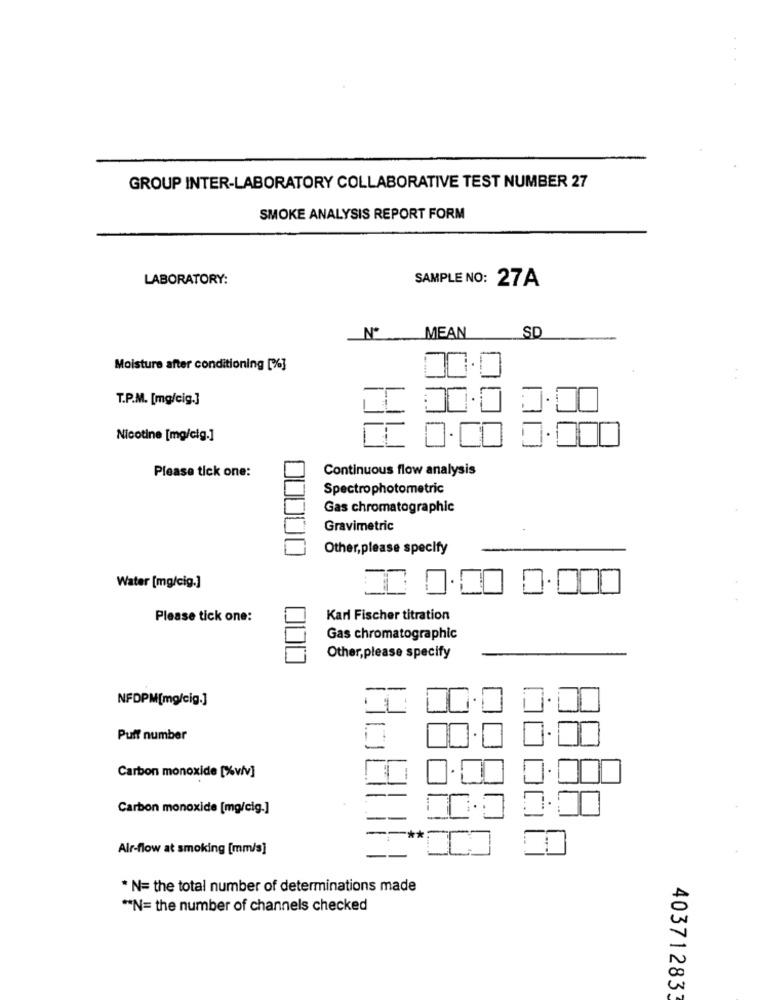
GROUP INTER-LABORATORY COLLABORATIVE TEST NUMBER 27
SMOKE ANALYSIS REPORT FORM
LABORATORY:
SAMPLE NO: 27A
Nº
SD
MEAN
Moisture after conditioning [%]
T.P.M. [mg/cig.]
Nicotine [mg/cig.]
Continuous flow analysis
Please tick one:
Spectrophotometric
Gas chromatographic
Gravimetric
Other,please specify
Water [mg/cig.]
Please tick one:
Karl Fischer titration
Gas chromatographic
Other,please specify
NFDPM[mg/cig.]
Puff number
Carbon monoxide [%viv]
Carbon monoxide [mg/cig.]
**
Air-flow at smoking [mm/s]
* N= the total number of determinations made
"N= the number of channels checked
403712833